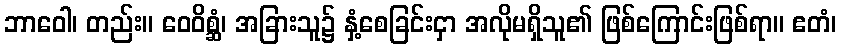
ဘာဝေါ၊ တည်း။ ဝေဝိစ္ဆံ၊ အခြားသူ၌ နှံ့စေခြင်းငှာ အလိုမရှိသူ၏ ဖြစ်ကြောင်းဖြစ်ရာ။ ဧတံ၊